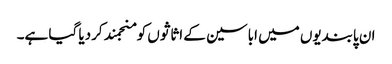
ان پابندیوں میں اباسین کے اثاثوں کو منجمند کردیا گیا ہے۔